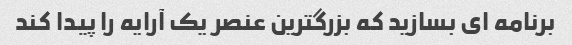
برنامه ای بسازید که بزرگترین عنصر یک آرایه را پیدا کند